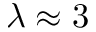
\lambda \approx 3